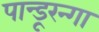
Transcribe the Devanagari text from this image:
पान्डूरन्गा